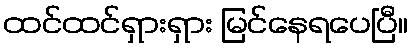
ထင်ထင်ရှားရှား မြင်နေရပေပြီ။